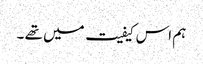
ہم اس کیفیت میں تھے ۔